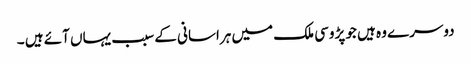
دوسرے وہ ہیں جو پڑوسی ملک میں ہراسانی کے سبب یہاں آئے ہیں ۔